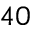
4 0